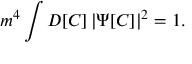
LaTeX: m ^ { 4 } \int D [ C ] \, \vert \Psi [ C ] \vert ^ { 2 } = 1 .